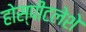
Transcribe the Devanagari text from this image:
होस्पीटलेशे